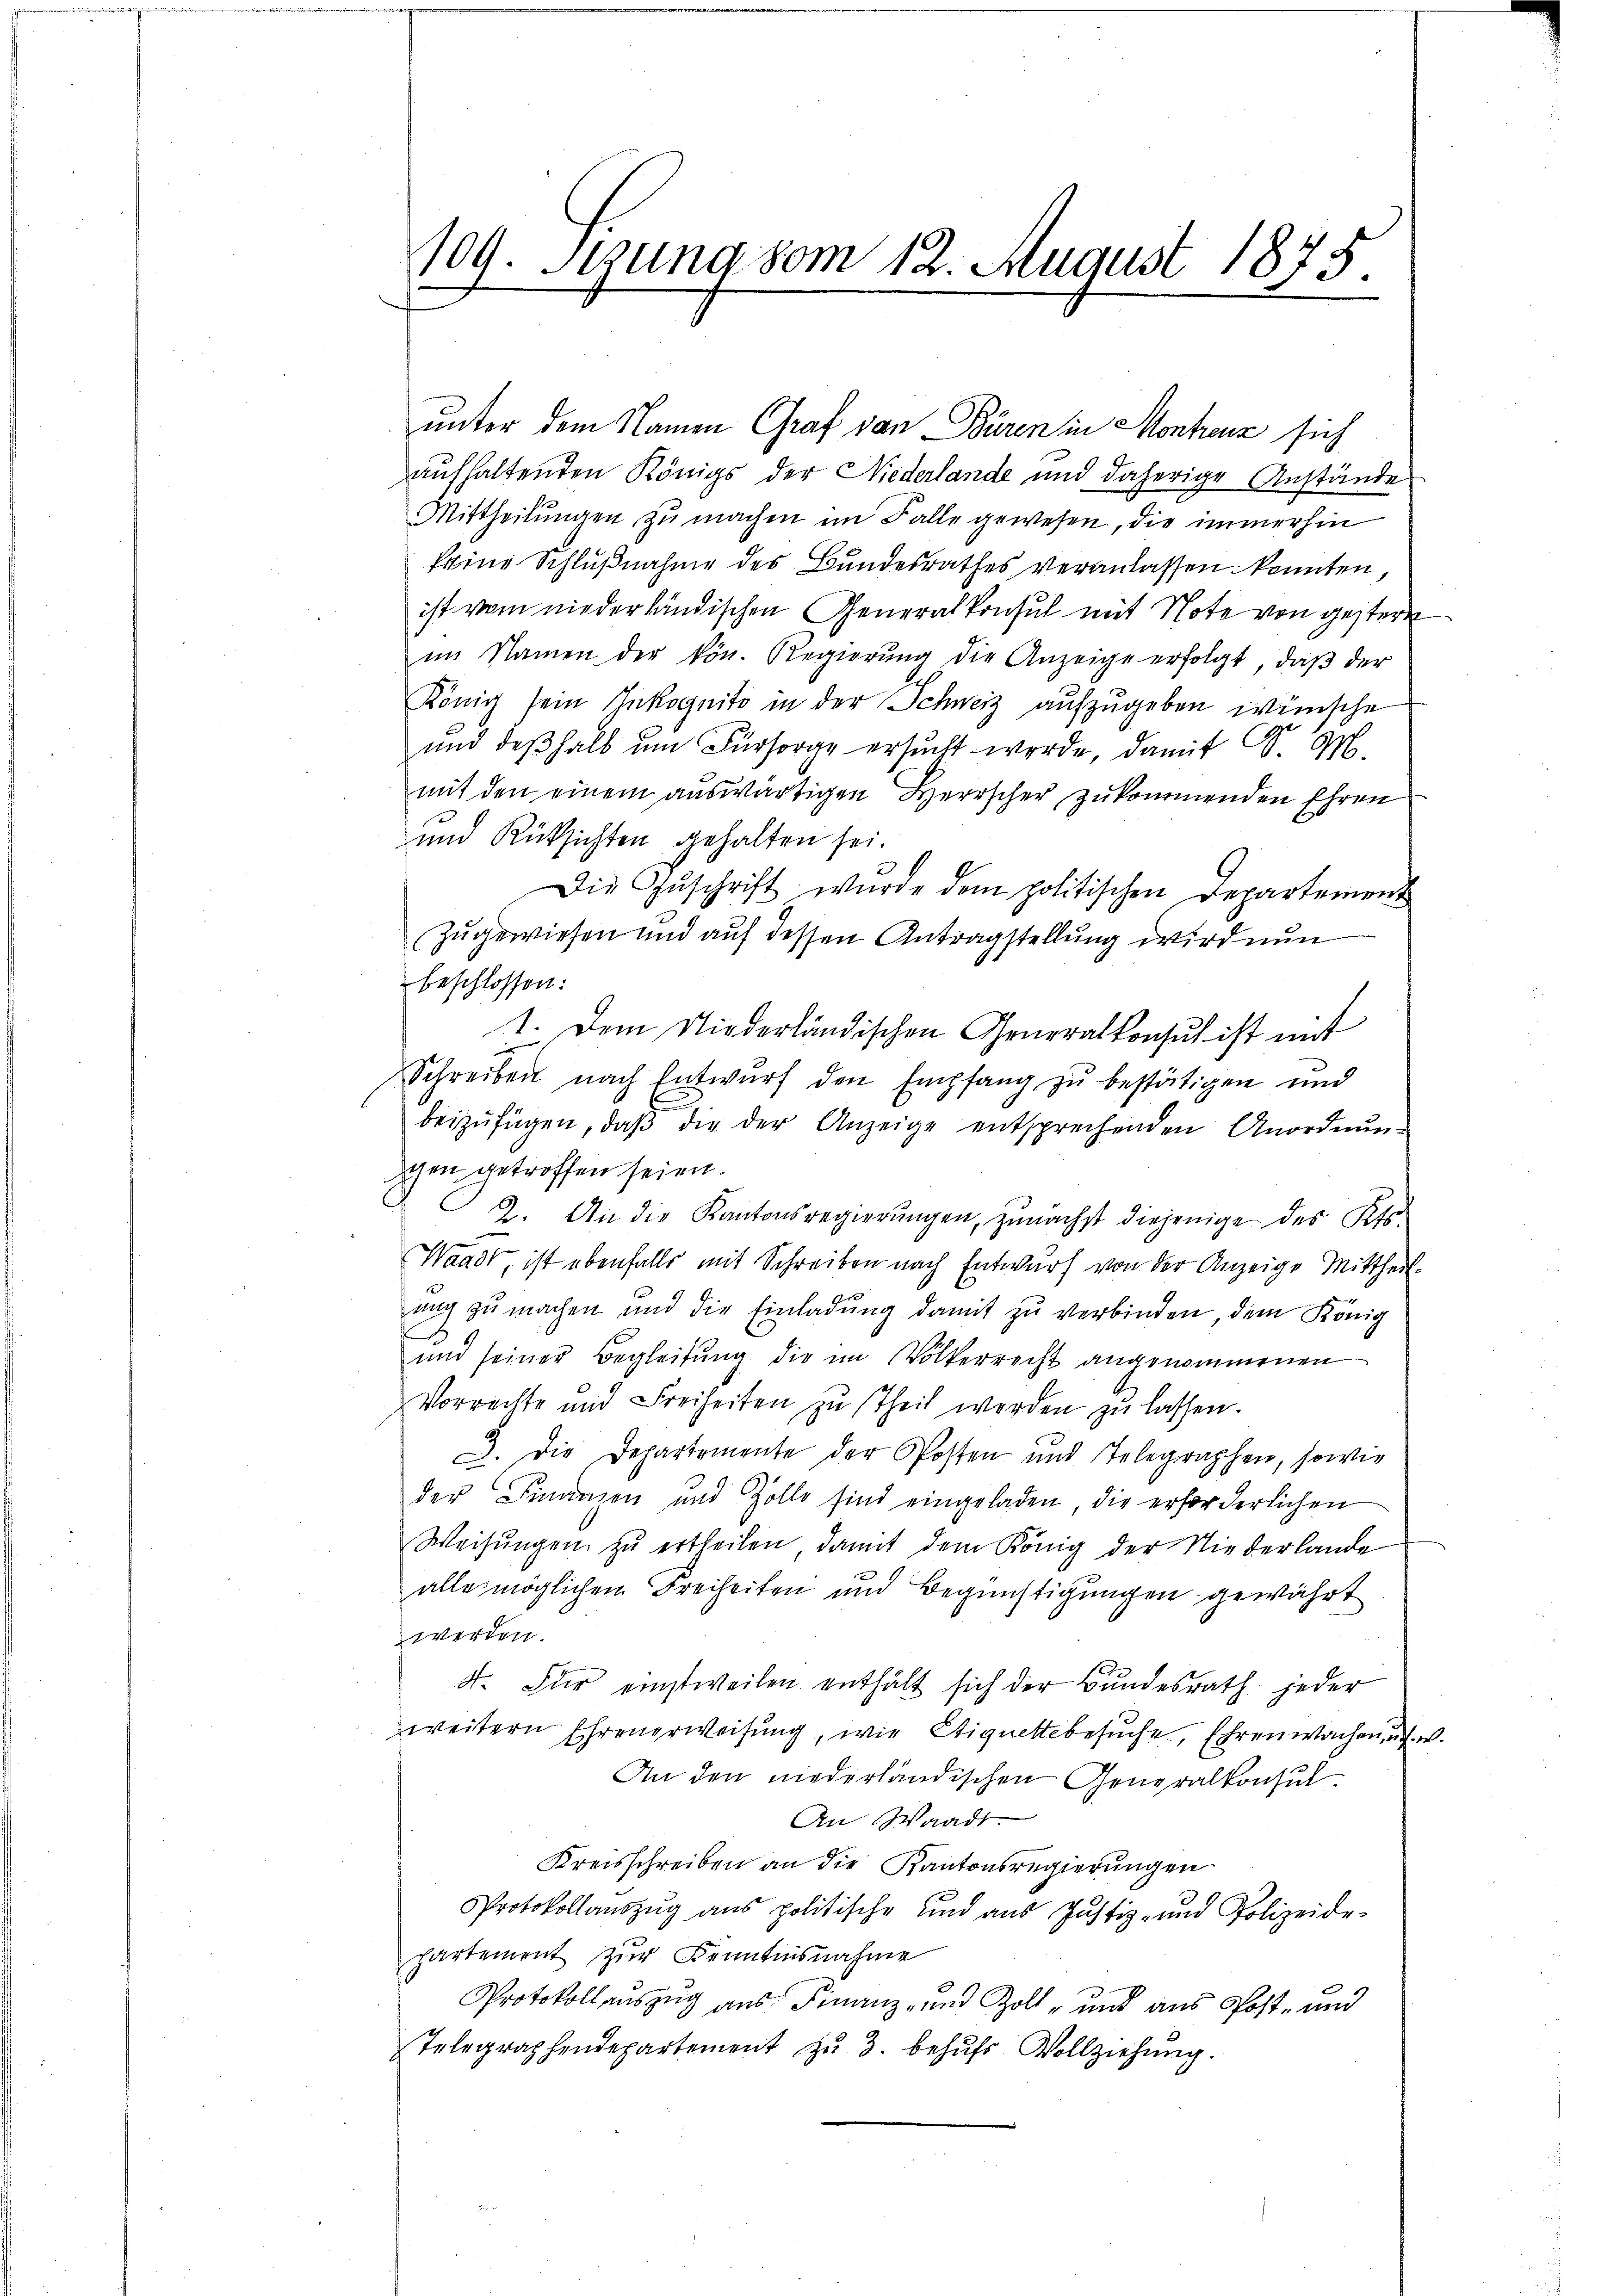
109. Setzung vom 12. August 1875.

unter dem Namen Graf von Büren in Montenz sich
aufhaltenden Königs der Niederlande und daherige Anstände
Mittheilungen zu machen im Falle gewesen, die immerhin
keine Schlußnahme des Bundesrathes veranlassen konnten,
ist vom niederländischen Generalkonsul mit Note von gestern
im Namen der kön. Regierŭng die Anzeige erfolgt, daβ der
König sein Inkognito in der Schweiz aufzugeben wünsche
und deßhalb um Fürsorge ersucht werde, damit d. M.
mit den einem auswärtigen Herrscher zukommenden Ehren
und Rücksichten gehalten sei.
Die Zŭschrift wurde dem politischen Departement
zugewiesen und auf dessen Antragstellung wird nun
beschlossen:
1. Dem Niederländischen Generalkonsul ist mit
Schreiben nach Entwŭrf den Empfang zŭ bestätigen und
beizufügen, daβ die der Anzeige entsprechenden Anordnŭn-
schen getroffen seien.
2. An die Kantonsregierungen, zunächst diejenige des Kts.
Waadt, ist ebenfalls mit Schreiben nach Entwurf von der Anzeige Mittheil-
mich zu machen und die Einladung damit zu verbinden, dem König
und seiner Begleitung die im Völkerrecht angenommenen
Vorrechte und Freiheiten zŭ theil werden zŭ lassen.
C. Die Departemente der Posten und Telegraphen, sowie
der Finanzen und Zolle sind eingeladen, die erforderlichen
Weisŭngen zŭ ertheilen, damit dem König der Niederlande
alle möglichen Freiheiten und Begünstigungen gewährt
werden.
4. Für einstweilen enthält sich der Bundesrath jeder
weitern Ehrenerweisung, wie Etiquettibesuche, Ehrenwachen, u. w
An den niederländischen Generalkonsul
An Waadt
Kreisschreiben an die Kantonsregierungen
Protokollauszug aus politische und aus Justiz- und Polizeide-
partement zur Kenntnisnahme
Protokoll auszug aus Finanz- und Zoll- und aus Post- und
Telegraphendepartement zu 3. behufs Vollziehung.